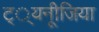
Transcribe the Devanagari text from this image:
ट््यनूीजिया